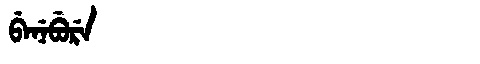
Manchu: ᠪᡝᠨᡝᠪᡠᡵᡝ
Romanization: BENEBURE